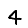
Digit: 4